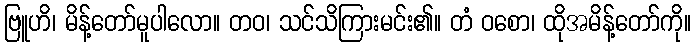
ဗြူဟိ၊ မိန့်တော်မူပါလော။ တဝ၊ သင်သိကြားမင်း၏။ တံ ဝစော၊ ထိုအမိန့်တော်ကို။